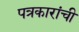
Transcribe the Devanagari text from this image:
पत्रकारांची